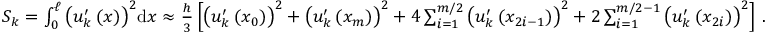
\begin{array} { r } { { S } _ { k } = \int _ { 0 } ^ { \ell } { \left( { u } _ { k } ^ { \prime } \left( x \right) \right) } ^ { 2 } \mathrm { d } x \approx \frac { h } { 3 } \left[ { \left( { u } _ { k } ^ { \prime } \left( { x } _ { 0 } \right) \right) } ^ { 2 } + { \left( { u } _ { k } ^ { \prime } \left( { x } _ { m } \right) \right) } ^ { 2 } + { 4 } \sum _ { i = 1 } ^ { m / 2 } { { \left( { u } _ { k } ^ { \prime } \left( { x } _ { { 2 } { i } - 1 } \right) \right) } ^ { 2 } } + { 2 } \sum _ { i = 1 } ^ { m / 2 - 1 } { { \left( { u } _ { k } ^ { \prime } \left( { x } _ { { 2 } { i } } \right) \right) } ^ { 2 } } \right] \, . } \end{array}